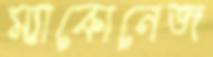
ম্যাকোনেজ